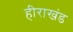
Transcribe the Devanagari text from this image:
हीराखंड